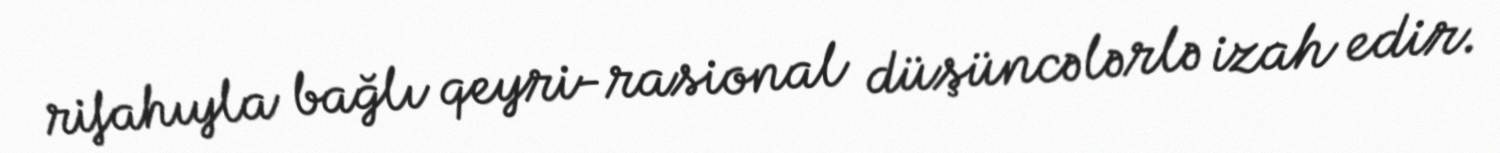
rifahıyla bağlı qeyri-rasional düşüncələrlə izah edir.